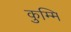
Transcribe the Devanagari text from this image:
कुम्मि